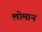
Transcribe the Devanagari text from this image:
लोमान